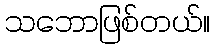
သဘောဖြစ်တယ်။